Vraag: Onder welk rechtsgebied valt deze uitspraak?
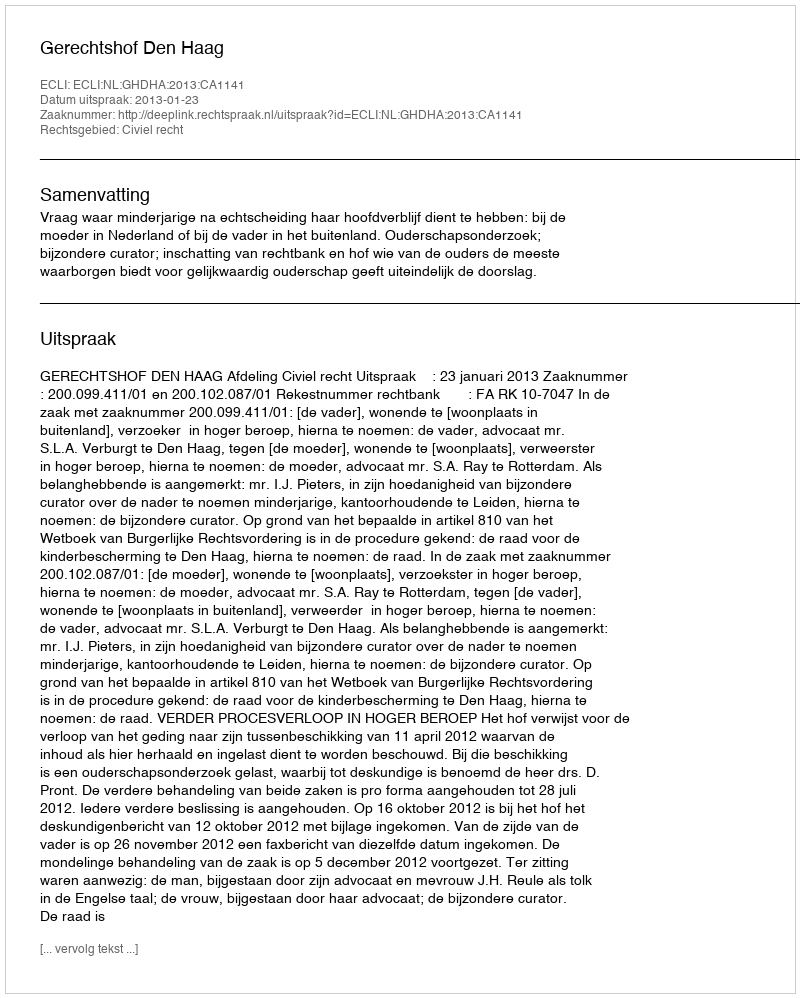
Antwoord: Civiel recht